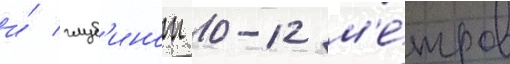
и́ глуб'инои 10-12 м'е́тров